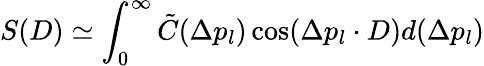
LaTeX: S(D)\simeq\int_{0}^{\infty}\tilde{C}(\Delta p_{l})\cos(\Delta p_{l}\cdot D)d(\Delta p_{l})